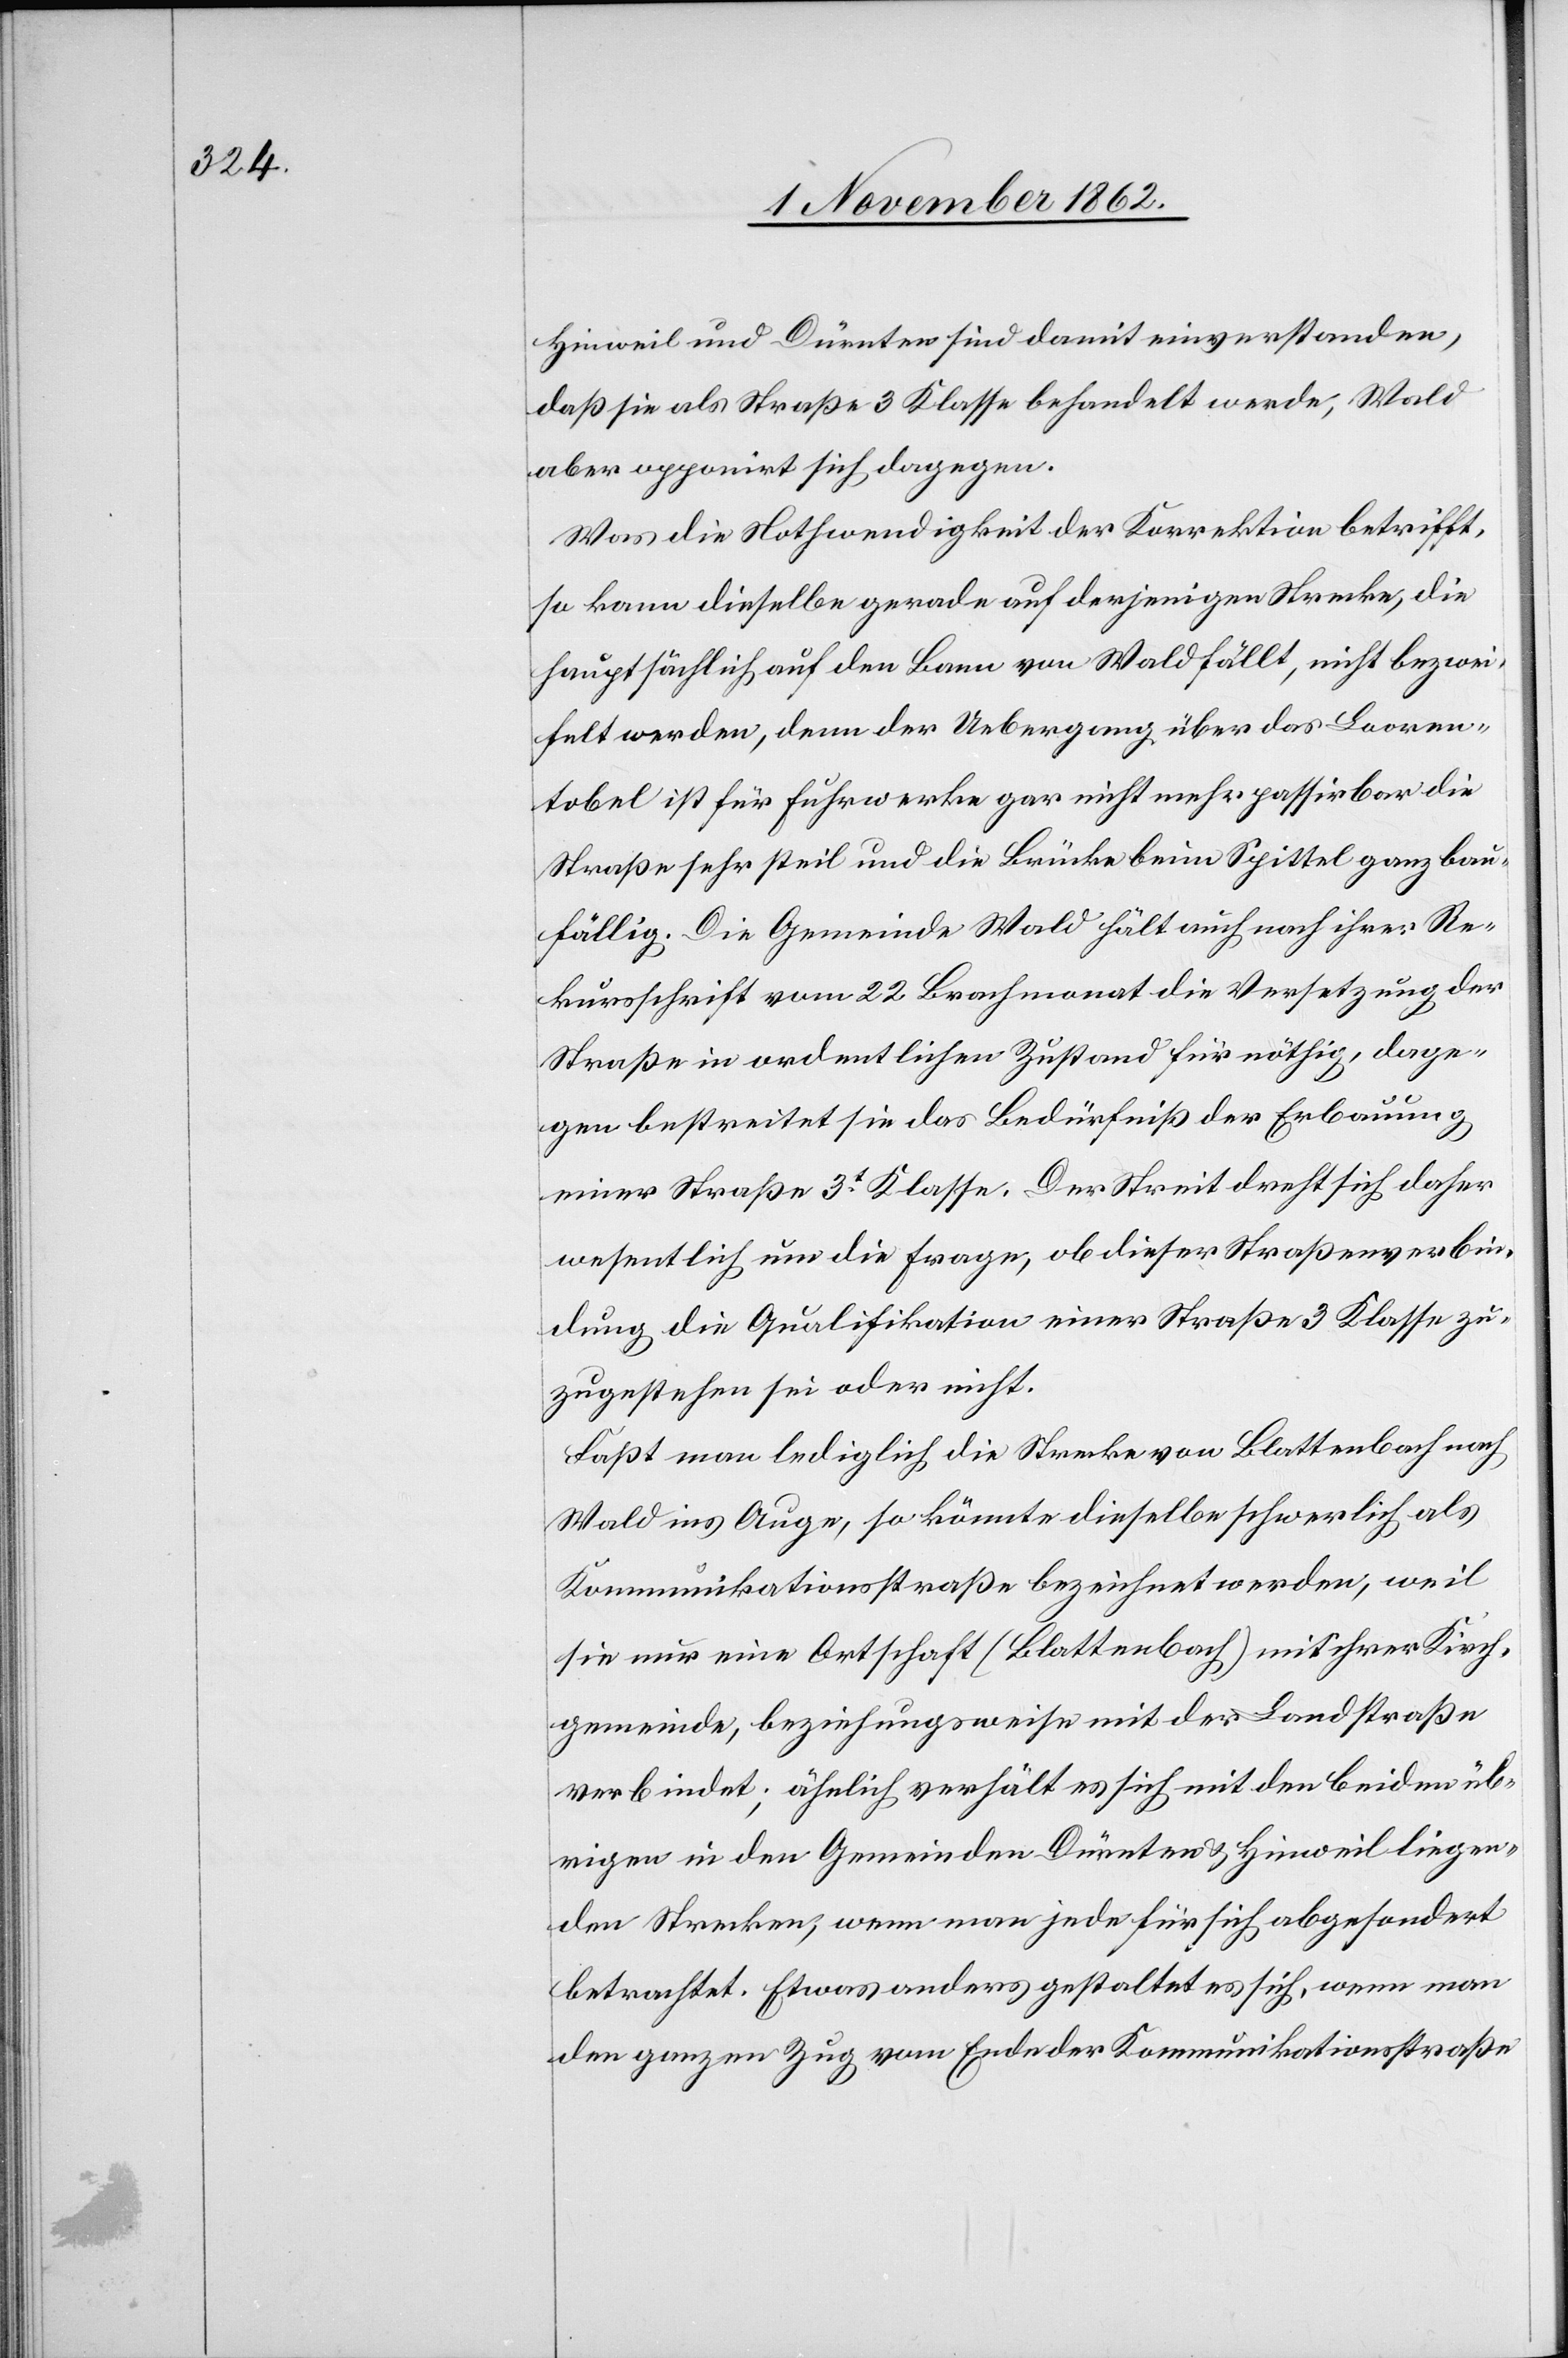
Hinweil und Dürnten sind damit einverstanden,
daß sie als Straße 3. Klasse behandelt werde, Wald
aber opponiert sich dagegen.
Was die Nothwendigkeit der Korrektion betrifft,
so kann dieselbe gerade auf derjenigen Strecke, die
hauptsächlich auf den Bann von Wald fällt, nicht bezwei¬
felt werden, denn der Uebergang über das Looren¬
tobel ist für Fuhrwerke gar nicht mehr passirbar[,] die
Straße sehr steil und die Brücke beim Spittel ganz bau¬
fällig. Die Gemeinde Wald hält auch nach ihrer Re¬
kursschrift vom 22. Brachmonat die Versetzung der
Straße in ordentlichen Zustand für nöthig, dage¬
gen bestreitet sie das Bedürfniß der Erbauung
einer Straße 3t Klasse. Der Streit dreht sich daher
wesentlich um die Frage, ob dieser Straßenverbin¬
dung die Qualifikation einer Straße 3. Klasse zu¬
zugestehen [sic!] sei oder nicht.
Faßt man lediglich die Strecke von Blattenbach nach
Wald ins Auge, so könnte dieselbe schwerlich als
Kommunikationsstraße bezeichnet werden, weil
sie nur eine Ortschaft (Blattenbach) mit ihrer Kirch¬
gemeinde, beziehungsweise mit der Landstraße
verbindet; ähnlich verhält es sich mit den beiden üb¬
rigen in den Gemeinden Dürnten u. Hinweil liegen¬
den Strecken, wenn man jede für sich abgesondert
betrachtet. Etwas anders gestaltet sich, wenn man
den ganzen Zug vom Ende der Kommunikationsstraße